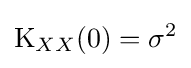
\operatorname {K} _{XX}(0)=\sigma ^{2}